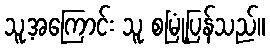
သူ့အကြောင်း သူ စမြုံ့ပြန်သည်။